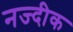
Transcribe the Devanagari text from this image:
नज्दीक